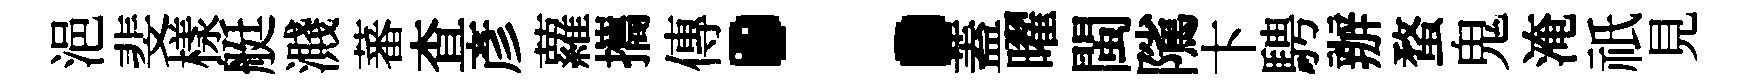
浥斐樣艇濺蕃查彥蘿攜傳：蓋曜閩隲卞騁辦蝥鬼淹祇見